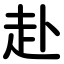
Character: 赴